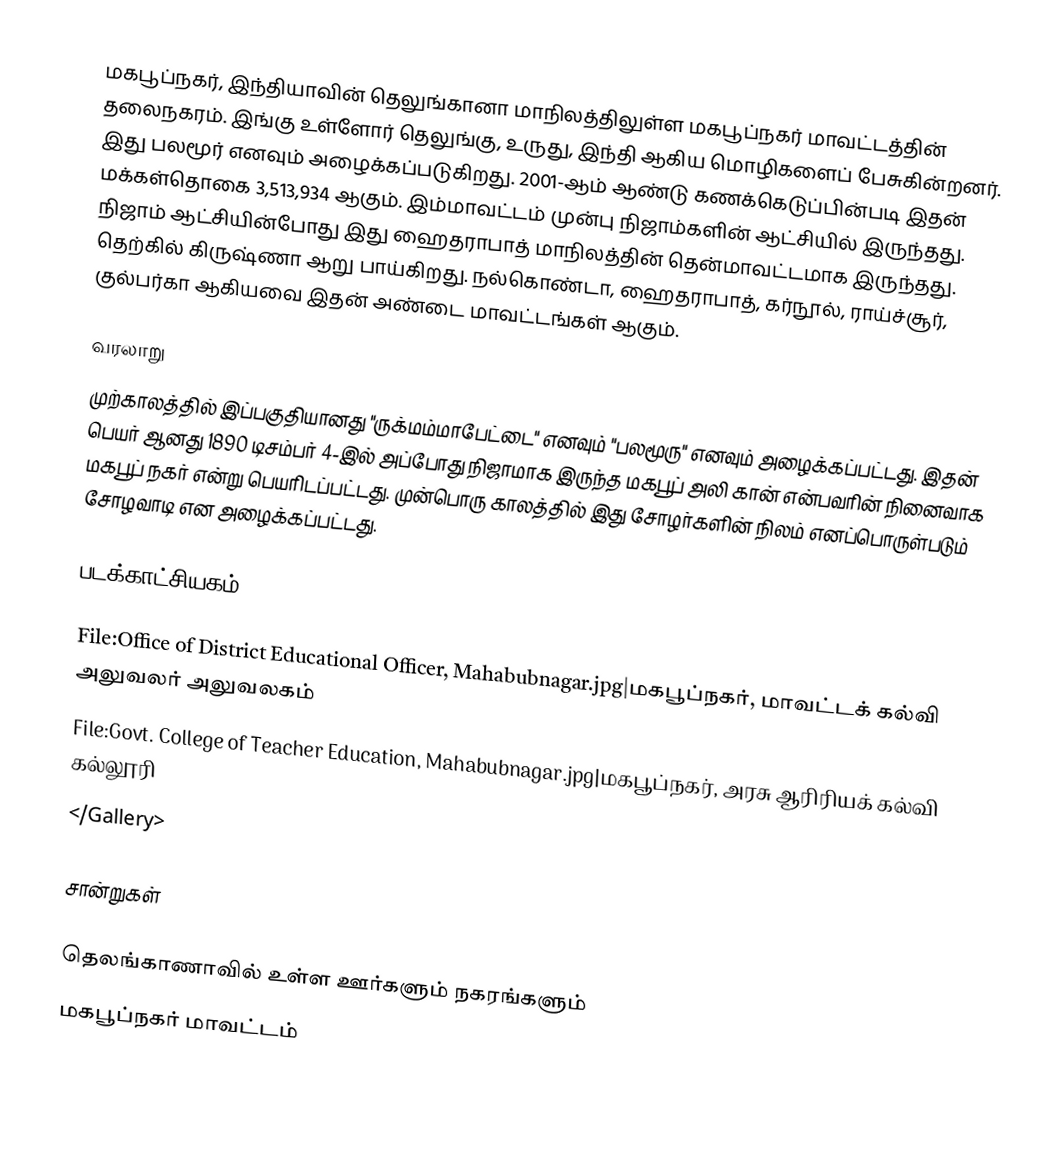
மகபூப்நகர், இந்தியாவின் தெலுங்கானா மாநிலத்திலுள்ள மகபூப்நகர் மாவட்டத்தின் தலைநகரம். இங்கு உள்ளோர் தெலுங்கு, உருது, இந்தி ஆகிய மொழிகளைப் பேசுகின்றனர். இது பலமூர் எனவும் அழைக்கப்படுகிறது. 2001-ஆம் ஆண்டு கணக்கெடுப்பின்படி இதன் மக்கள்தொகை 3,513,934 ஆகும். இம்மாவட்டம் முன்பு நிஜாம்களின் ஆட்சியில் இருந்தது. நிஜாம் ஆட்சியின்போது இது ஹைதராபாத் மாநிலத்தின் தென்மாவட்டமாக இருந்தது. தெற்கில் கிருஷ்ணா ஆறு பாய்கிறது. நல்கொண்டா, ஹைதராபாத், கர்நூல், ராய்ச்சூர், குல்பர்கா ஆகியவை இதன் அண்டை மாவட்டங்கள் ஆகும்.

வரலாறு
முற்காலத்தில் இப்பகுதியானது "ருக்மம்மாபேட்டை" எனவும் "பலமூரு" எனவும் அழைக்கப்பட்டது. இதன் பெயர் ஆனது 1890 டிசம்பர் 4-இல் அப்போது நிஜாமாக இருந்த மகபூப் அலி கான் என்பவரின் நினைவாக மகபூப் நகர் என்று பெயரிடப்பட்டது. முன்பொரு காலத்தில் இது சோழர்களின் நிலம் எனப்பொருள்படும் சோழவாடி என அழைக்கப்பட்டது.

படக்காட்சியகம்

File:Office of District Educational Officer, Mahabubnagar.jpg|மகபூப்நகர், மாவட்டக் கல்வி அலுவலர் அலுவலகம்
File:Govt. College of Teacher Education, Mahabubnagar.jpg|மகபூப்நகர், அரசு ஆரிரியக் கல்வி கல்லூரி
</Gallery>

சான்றுகள்

தெலங்காணாவில் உள்ள ஊர்களும் நகரங்களும்
மகபூப்நகர் மாவட்டம்